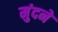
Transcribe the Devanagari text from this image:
मुंदने